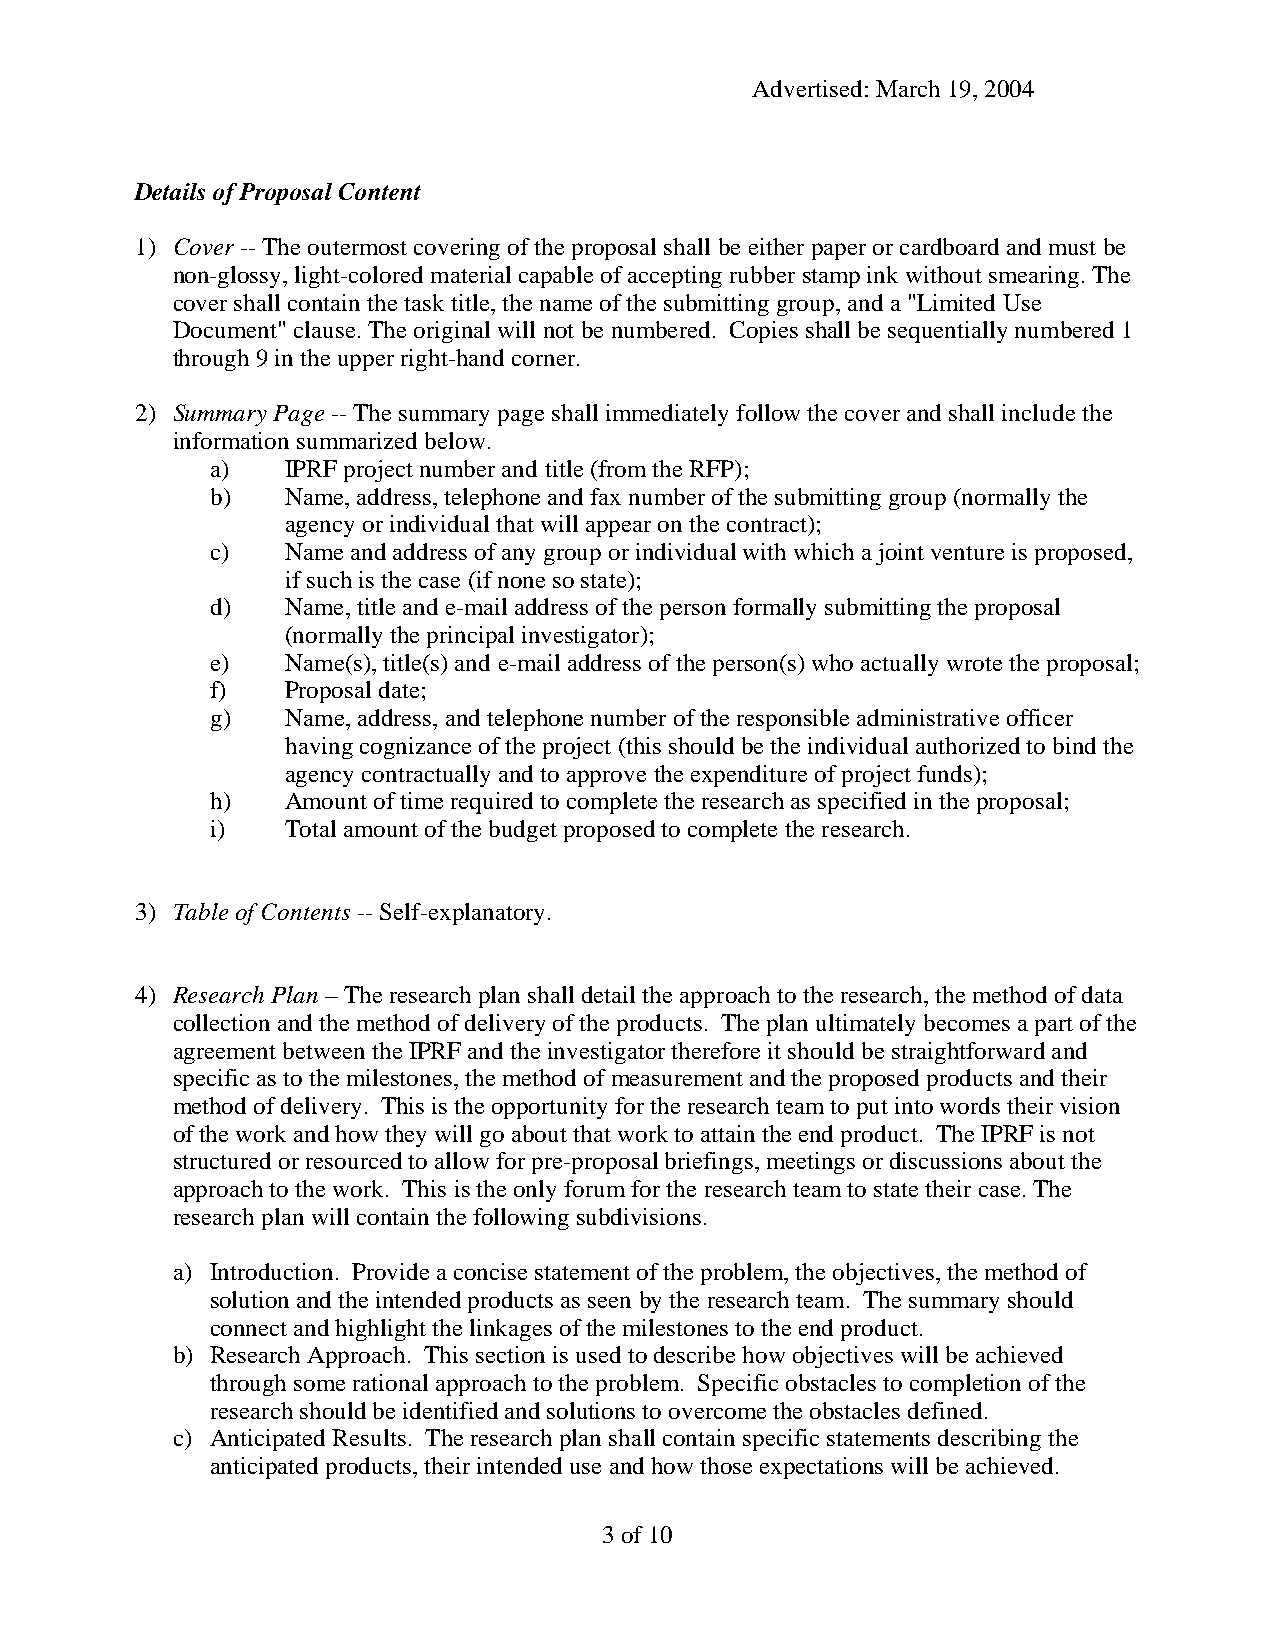
Advertised: March 19, 2004
 Details of Proposal Content
 1) Cover -- The outermost covering of the proposal shall be either paper or cardboard and must be
 non-glossy, light-colored material capable of accepting rubber stamp ink without smearing. The
 cover shall contain the task title, the name of the submitting group, and a "Limited Use
 Document" clause. The original will not be numbered. Copies shall be sequentially numbered 1
 through 9 in the upper right-hand corner.
 2) Summary Page -- The summary page shall immediately follow the cover and shall include the
 information summarized below.
 a)   IPRF project number and title (from the RFP);
 b)   Name, address, telephone and fax number of the submitting group (normally the
 agency or individual that will appear on the contract);
 c)   Name and address of any group or individual with which a joint venture is proposed,
 if such is the case (if none so state);
 d)   Name, title and e-mail address of the person formally submitting the proposal
 (normally the principal investigator);
 e)   Name(s), title(s) and e-mail address of the person(s) who actually wrote the proposal;
 f)   Proposal date;
 g)   Name, address, and telephone number of the responsible administrative officer
 having cognizance of the project (this should be the individual authorized to bind the
 agency contractually and to approve the expenditure of project funds);
 h)   Amount of time required to complete the research as specified in the proposal;
 i)   Total amount of the budget proposed to complete the research.
 3) Table of Contents -- Self-explanatory.
 4) Research Plan – The research plan shall detail the approach to the research, the method of data
 collection and the method of delivery of the products. The plan ultimately becomes a part of the
 agreement between the IPRF and the investigator therefore it should be straightforward and
 specific as to the milestones, the method of measurement and the proposed products and their
 method of delivery. This is the opportunity for the research team to put into words their vision
 of the work and how they will go about that work to attain the end product. The IPRF is not
 structured or resourced to allow for pre-proposal briefings, meetings or discussions about the
 approach to the work. This is the only forum for the research team to state their case. The
 research plan will contain the following subdivisions.
 a) Introduction. Provide a concise statement of the problem, the objectives, the method of
 solution and the intended products as seen by the research team. The summary should
 connect and highlight the linkages of the milestones to the end product.
 b) Research Approach. This section is used to describe how objectives will be achieved
 through some rational approach to the problem. Specific obstacles to completion of the
 research should be identified and solutions to overcome the obstacles defined.
 c) Anticipated Results. The research plan shall contain specific statements describing the
 anticipated products, their intended use and how those expectations will be achieved.
 3 of 10